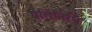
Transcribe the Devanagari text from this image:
प्रतिनिधि